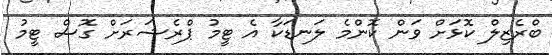
ބްރެޒިލް ކޮޅަށް ވަން ކޮންމެ ލަނޑަކާ އެ ޓީމު ޕްރެޝަރަށް ގޮސް ޓީމު